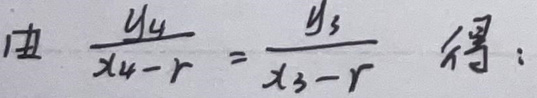
由\(\frac{y_{4}}{x_{4}-r}=\frac{y_{3}}{x_{3}-r}\)得：